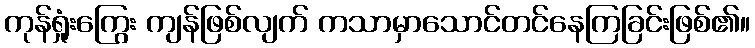
ကုန်ရှုံးကြွေး ကျန်ဖြစ်လျက် ကသာမှာသောင်တင်နေကြခြင်းဖြစ်၏။